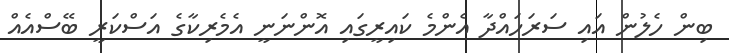
ބިން ހެލުން އައި ސަރަހައްދާ އެންމެ ކައިރީގައި އޮންނަނީ އެމެރިކާގެ އަސްކަރީ ބޭސްއެއް